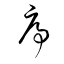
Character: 序